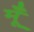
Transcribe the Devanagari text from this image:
मूँ